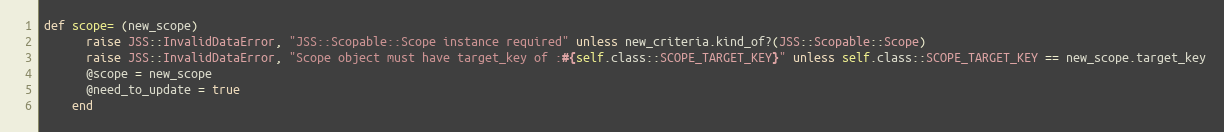
Language: Ruby
def scope= (new_scope)
      raise JSS::InvalidDataError, "JSS::Scopable::Scope instance required" unless new_criteria.kind_of?(JSS::Scopable::Scope)
      raise JSS::InvalidDataError, "Scope object must have target_key of :#{self.class::SCOPE_TARGET_KEY}" unless self.class::SCOPE_TARGET_KEY == new_scope.target_key
      @scope = new_scope
      @need_to_update = true
    end